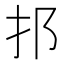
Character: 𨙰